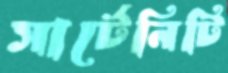
সার্টেনিটি